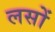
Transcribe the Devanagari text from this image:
लसों